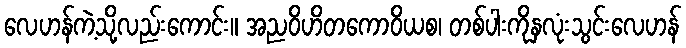
လေဟန်ကဲ့သို့လည်းကောင်း။ အညဝိဟိတကောဝိယစ၊ တစ်ပါးကိုနှလုံးသွင်းလေဟန်